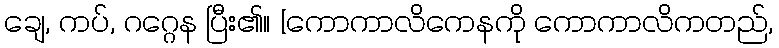
ချေ, ကပ်, ဂဂ္ဂေန ပြီး၏။ [ကောကာလိကေနကို ကောကာလိကတည်,